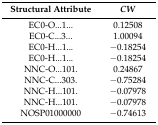
<table><thead><tr><td><b>Structural Attribute</b></td><td><b><i>CW</i></b></td></tr></thead><tbody><tr><td>EC0-O...1...</td><td>0.12508</td></tr><tr><td>EC0-C...3...</td><td>1.00094</td></tr><tr><td>EC0-H...1...</td><td>−0.18254</td></tr><tr><td>EC0-H...1...</td><td>−0.18254</td></tr><tr><td>NNC-O...101.</td><td>0.24867</td></tr><tr><td>NNC-C...303.</td><td>−0.75284</td></tr><tr><td>NNC-H...101.</td><td>−0.07978</td></tr><tr><td>NNC-H...101.</td><td>−0.07978</td></tr><tr><td>NOSP01000000</td><td>−0.74613</td></tr></tbody></table>